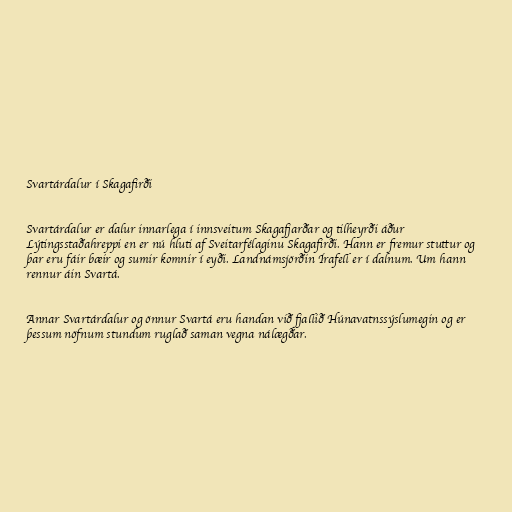
Svartárdalur í Skagafirði

Svartárdalur er dalur innarlega í innsveitum Skagafjarðar og tilheyrði áður
Lýtingsstaðahreppi en er nú hluti af Sveitarfélaginu Skagafirði. Hann er fremur stuttur og
þar eru fáir bæir og sumir komnir í eyði. Landnámsjörðin Írafell er í dalnum. Um hann
rennur áin Svartá.

Annar Svartárdalur og önnur Svartá eru handan við fjallið Húnavatnssýslumegin og er
þessum nöfnum stundum ruglað saman vegna nálægðar.